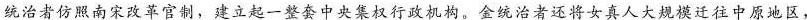
统治者仿照南宋改革官制，建立起一整套中央集权行政机构。金统治者还将女真人大规模迁往中原地区，